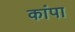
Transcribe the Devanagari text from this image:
कांपा